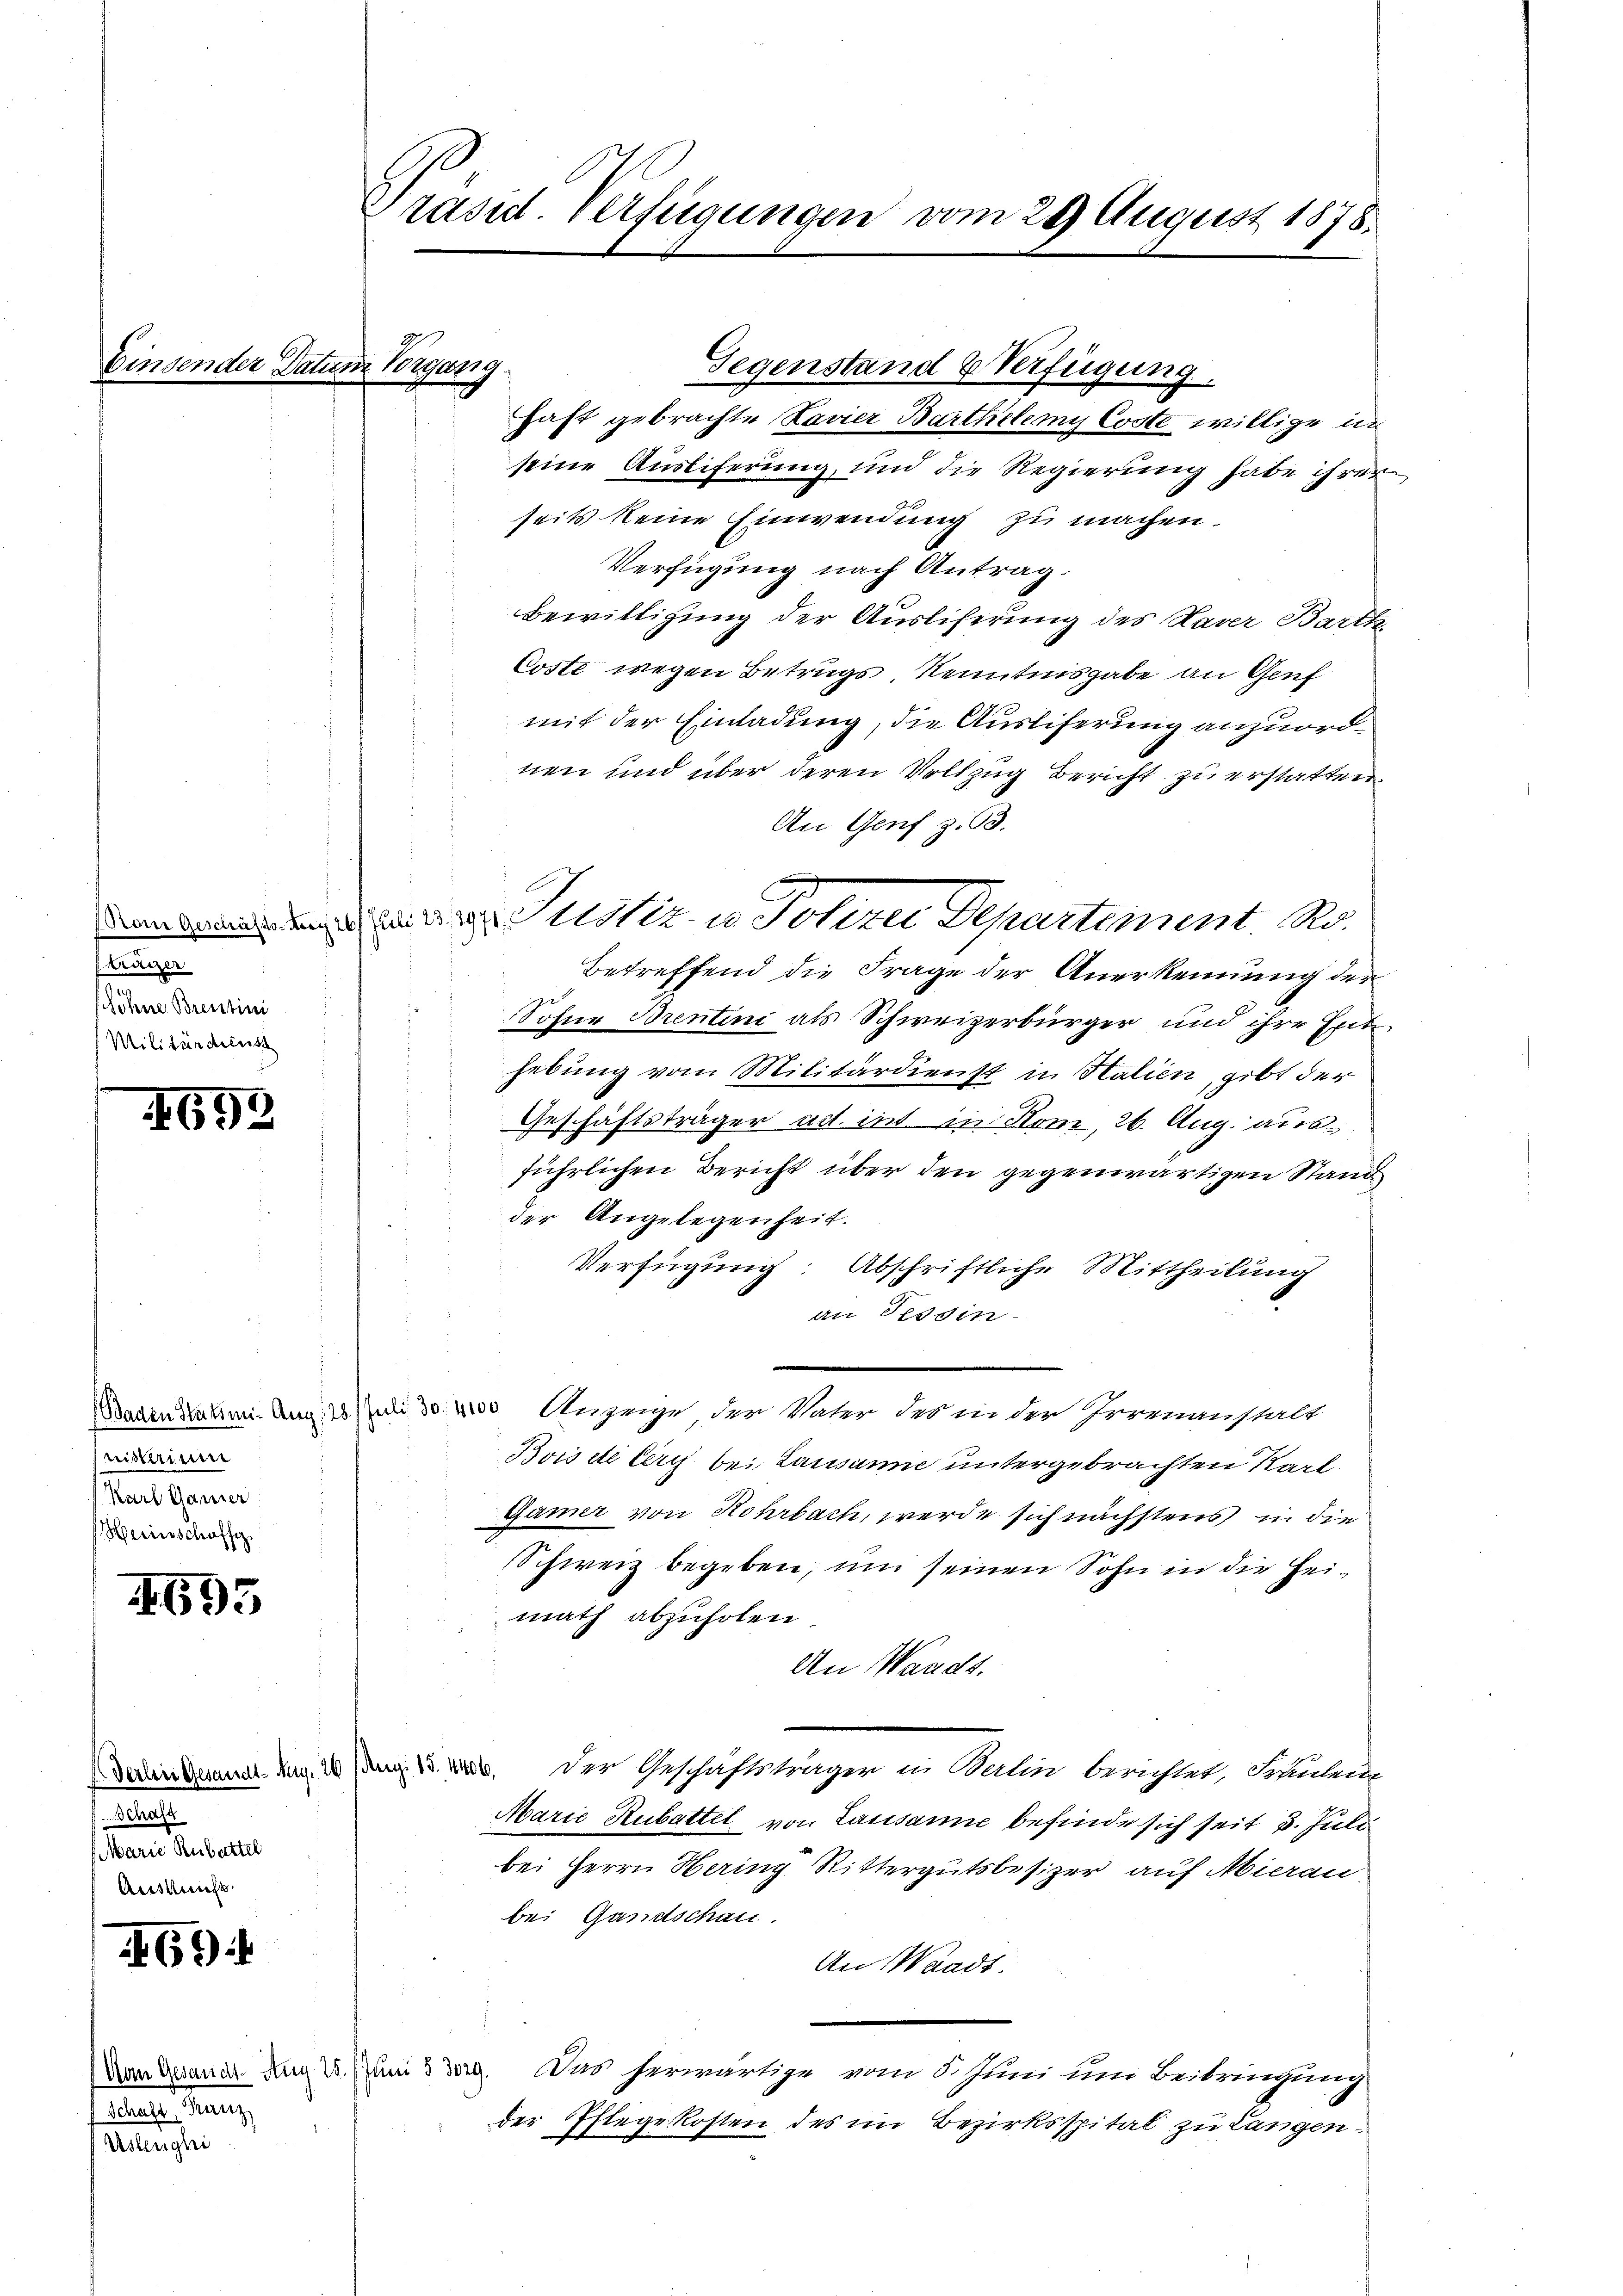
Binsender Dati

Critizer
söhne Brentini
Militärdienst

692

eisterium
Karl Ganzer
Heinschaffe

495

Schaff
Marie Rubattel
Auskunft

694

Van Gesandt-Aug 25. / Juni 5 3029.
late Grenz
Unnglei

Präsid. Verfügungen vom 29 August 1878.

hast gebrachte Navier Barthelerny Coste willige in
seine Auslieferung, und die Regierung habe ihrer
seits keine Einwendung zu machen.
Verfügung nach Antrag:
Bewilligung der Ausliserung des Naver Barth,
Coste wegen Betrugs, Kenntnisgabe an Genf
mit der Einladung, die Ausliferung anzuordnen und über deren Vollzug Bericht zu erstatten.
An Genf z. 93.
Betreffend die Frage der Anerkennung der
Sohne Brentini als Schweizerbürger und ihre Ent
hebung vom Militärdienst in Halien, gibt der
Geschäftsträger ad int in Rom, 26. Aug. ausführlichen Bericht über den gegenwärtigen Stand
der Angelegenheit.
Verfügung: Abschriftliche Mittheilung
an Tessin
Baden Statim. Aug. 125. di 30. vor Anzeige der Vater des in der Irrmanstalt
Bois de terch bei Lausanne untergebrachten Karl-
Gamer von Rohrbach, werde sich nächstens in die
Schweiz begeben, um seinen Sohn in die Heimath abzuholen.
An Waadt.
Feindammer um 1 Jan. 13. d. der Geschäftsträger in Balin berichtet, Schulen
Marie Rubattel von Lausanne befinde sich seit 3. Juli
bei Herrn Hering Rittergutsbesizer auf Mierau
bei Gandschau.
An Waadt.
Das herwärtige vom 5. Juni um Beibringung
der Pflegekosten des im Bezirksspital zu Langen.

Wegung

Gegenstand & Verfügung

a Justiz u. Johre Departement. Ro.